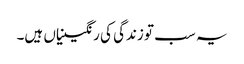
یہ سب تو زندگی کی رنگینیاں ہیں۔